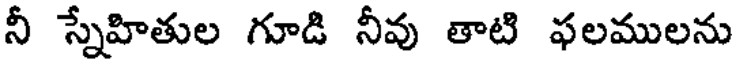
నీ స్నేహితుల గూడి నీవు తాటి ఫలములను